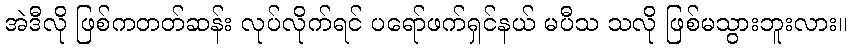
အဲဒီလို ဖြစ်ကတတ်ဆန်း လုပ်လိုက်ရင် ပရော်ဖက်ရှင်နယ် မပီသ သလို ဖြစ်မသွားဘူးလား။